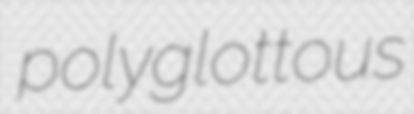
polyglottous